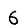
Digit: 6